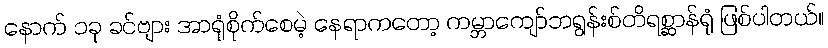
နောက် ၁ခု ခင်ဗျား အာရုံစိုက်စေမဲ့ နေရာကတော့ ကမ္ဘာကျော်ဘရွန်းစ်တိရစ္ဆာန်ရုံ ဖြစ်ပါတယ်။